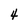
Character: 4